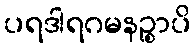
ပရဒါရဂမနဉ္စာပိ